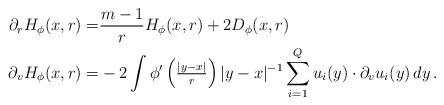
LaTeX: \begin{align*}\partial_r H_\phi (x,r) = & \frac{m-1}{r} H_\phi (x,r) + 2 D_\phi (x,r)\\\partial_v H_\phi (x,r) = & - 2 \int \phi' \left({\textstyle\frac{|y-x|}{r}}\right) |y-x|^{-1} \sum_{i=1}^Q u_i (y) \cdot \partial_v u_i (y)\, dy\, .\end{align*}